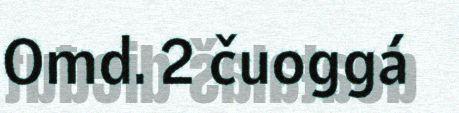
Omd. 2 čuoggá